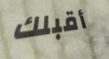
أقبلك